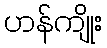
ဟန်ကျိုး